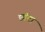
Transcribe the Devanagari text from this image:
छॉटा